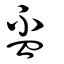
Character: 盃